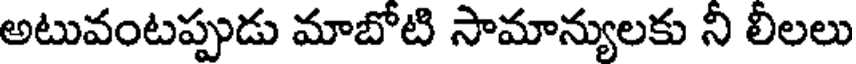
అటువంటప్పుడు మాబోటి సామాన్యులకు ని లిలలు